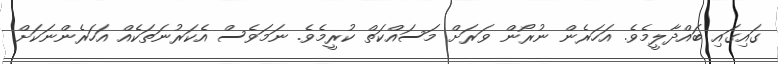
ގައިގައި ބައްދާލީމެވެ. އަހަރެން ނުރޯން ވަރަށް މަސައްކަތް ކުރީމެވެ. ނަމަވެސް އެކަރުނަތަކެއް އަހަރެންނަކަށް